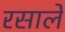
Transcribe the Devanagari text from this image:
रसाले